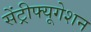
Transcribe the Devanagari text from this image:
सेंट्रीफ्यूगेशन